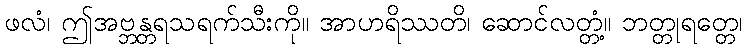
ဖလံ၊ ဤအဗ္ဘန္တရသရက်သီးကို။ အာဟရိဿတိ၊ ဆောင်လတ္တံ့။ ဘတ္တုရတ္တေ၊